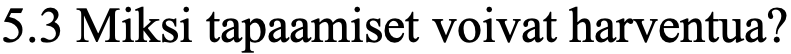
5.3 Miksi tapaamiset voivat harventua?